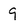
Character: 9